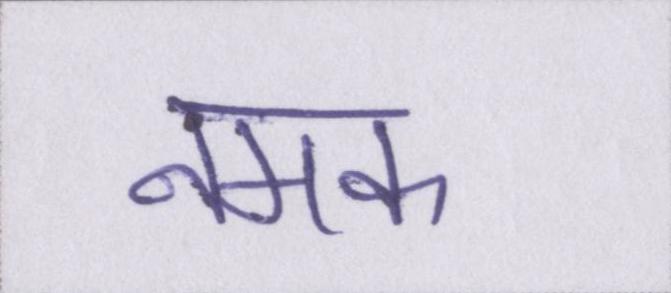
नमक